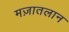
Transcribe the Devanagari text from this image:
मज़ातलान